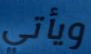
ويأتي